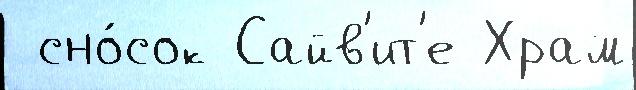
 сно́сок Сайв'ит'е Храм